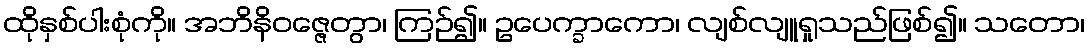
ထိုနှစ်ပါးစုံကို။ အဘိနိဝဇ္ဇေတွာ၊ ကြဉ်၍။ ဥပေက္ခာကော၊ လျစ်လျူရှုသည်ဖြစ်၍။ သတော၊